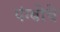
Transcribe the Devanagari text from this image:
पंग्बोचे